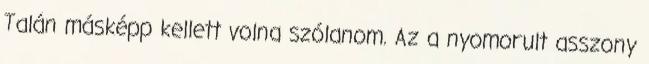
Talán másképp kellett volna szólanom. Az a nyomorult asszony